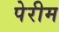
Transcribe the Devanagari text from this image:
पेरीम